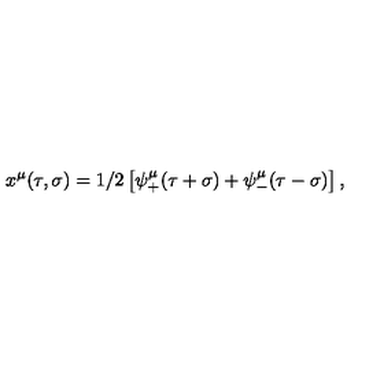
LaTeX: x ^ { \mu } ( \tau , \sigma ) = 1 / 2 \left[ \psi _ { + } ^ { \mu } ( \tau + \sigma ) + \psi _ { - } ^ { \mu } ( \tau - \sigma ) \right] ,